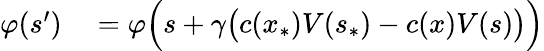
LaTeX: \begin{array}{rl}{\varphi(s^{\prime})}&{{}=\varphi\Bigl(s+\gamma\bigl(c(x_{\ast})V(s_{\ast})-c(x)V(s)\bigr)\Bigr)}\end{array}